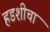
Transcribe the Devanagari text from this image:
हडशीचा